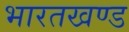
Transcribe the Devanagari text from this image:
भारतखण्ड